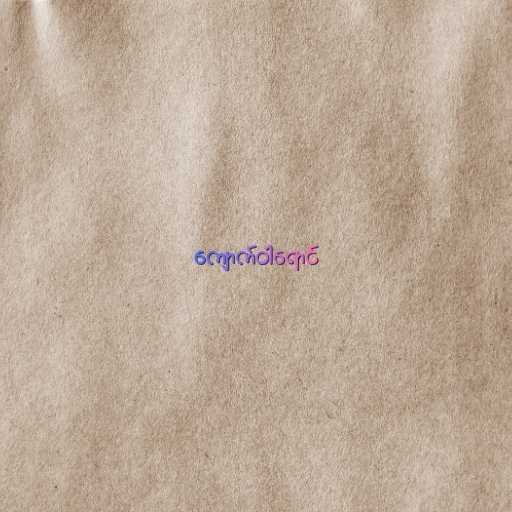
ကျောက်ဝါရောင်